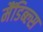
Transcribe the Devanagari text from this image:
मैंडिब्ल्स